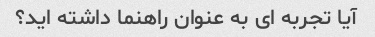
آیا تجربه ای به عنوان راهنما داشته اید؟